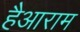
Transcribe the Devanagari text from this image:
हैआराम